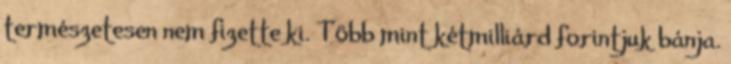
természetesen nem fizette ki. Több mint kétmilliárd forintjuk bánja.